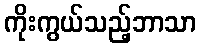
ကိုးကွယ်သည့်ဘာသာ